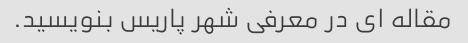
مقاله ای در معرفی شهر پاریس بنویسید.